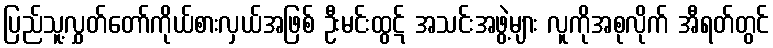
ပြည်သူ့လွှတ်တော်ကိုယ်စားလှယ်အဖြစ် ဦးမင်းထွဋ် အသင်းအဖွဲ့များ လူကိုအစုလိုက် အီရတ်တွင်